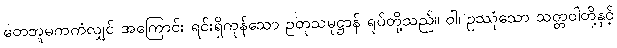
တေဘူမကကံလျှင် အကြောင်း ရင်းရှိကုန်သော ဥတုသမုဋ္ဌာန် ရုပ်တို့သည်။ ဝါ၊ ဥဿုံသော သတ္တဝါတို့နှင့်